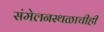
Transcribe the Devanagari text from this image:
संमेलनस्थळाचीही